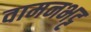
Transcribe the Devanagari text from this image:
वामनभट्ट